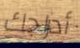
أدراجك